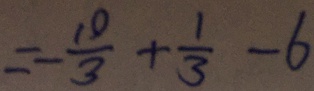
= - \frac { 1 0 } { 3 } + \frac { 1 } { 3 } - 6